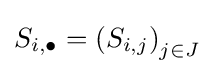
S_{i,\bullet }=\left(S_{i,j}\right)_{j\in J}